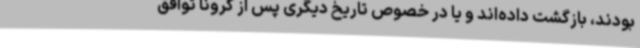
بودند، بازگشت داده‌اند و یا در خصوص تاریخ دیگری پس از کرونا توافق